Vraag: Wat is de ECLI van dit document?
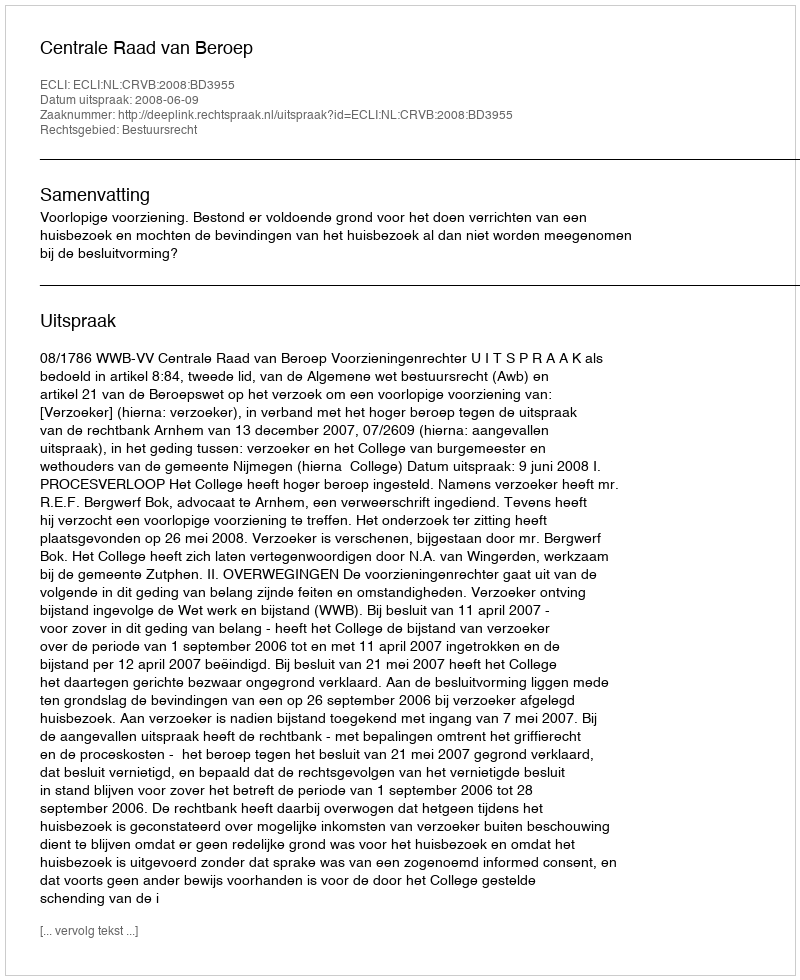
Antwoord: ECLI:NL:CRVB:2008:BD3955